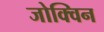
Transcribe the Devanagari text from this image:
जोक्विन